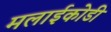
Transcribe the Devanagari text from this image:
मलाईकोडी